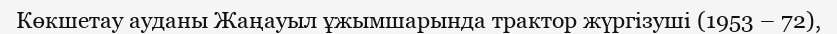
Көкшетау ауданы Жаңауыл ұжымшарында трактор жүргізуші (1953 – 72),